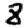
Digit: 8